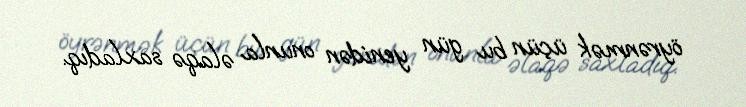
öyrənmək üçün bu gün yenidən onunla əlaqə saxladıq.